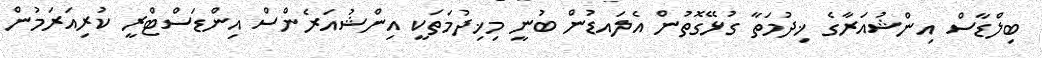
ބިލްޑާސް އިންޝުއަރާގެ ޚިދުމަތާ ގުޅޭގޮތުން އެލައޑުން ބުނީ މިޚިދުމަތަކީ އިންޝުއަރެންސް އިންޑަސްޓްރީ ކުރިއަރަމުން